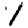
Digit: 1